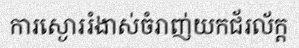
ការស្ងោររំងាស់ចំរាញ់យកជ័រល័ក្ត